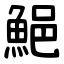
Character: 䱒